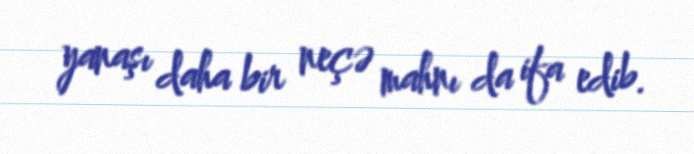
yanaşı daha bir neçə mahnı da ifa edib.